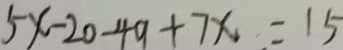
5 x - 2 0 - 4 9 + 7 x = 1 5